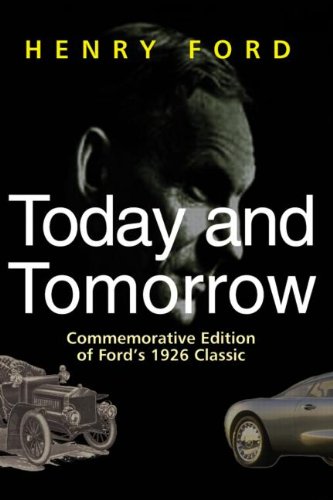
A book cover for Today and Tomorrow - Special Edition of Ford's 1926 Classic; Henry Ford; Engineering & Transportation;